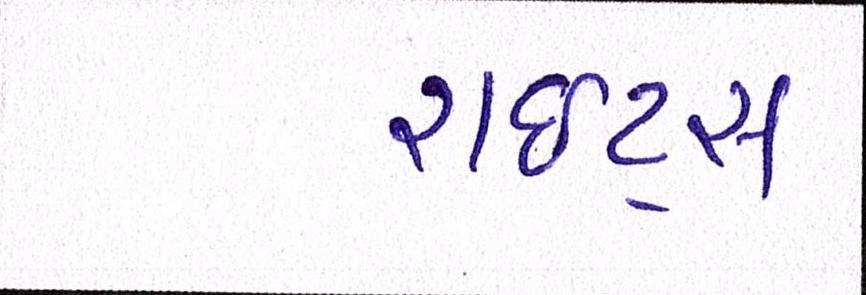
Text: રાઇટ્સ